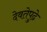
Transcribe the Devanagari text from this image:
देवतेपुढे